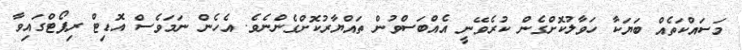
މަސައްކަތެއް ބަޔަކާ ހަވާލުކޮށްގެން ކުރެވޭނީ އެއްބަސްވުން ތައްޔާރުކޮށްގެންނެވެ. އެހެން ނަމަވެސް އޮޑިޓް ރިޕޯޓްގައިވާ